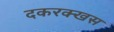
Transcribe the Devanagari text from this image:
दकरक्खस